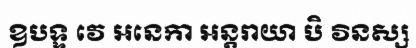
ឧបទ្ទ វេ អនេកា អន្តរាយា បិ វិនស្ស